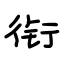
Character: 衔